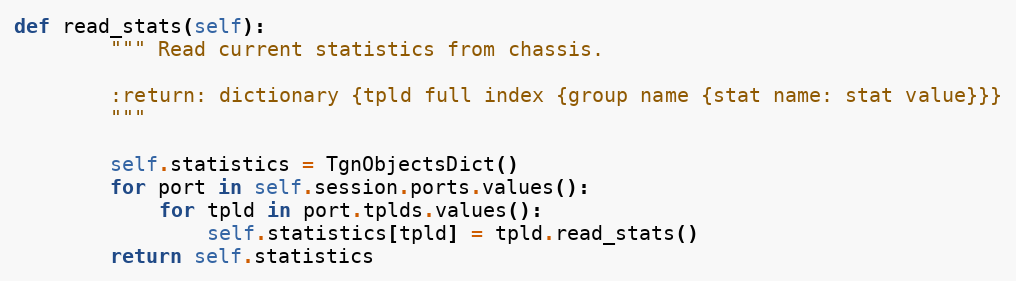
Language: Python
def read_stats(self):
        """ Read current statistics from chassis.

        :return: dictionary {tpld full index {group name {stat name: stat value}}}
        """

        self.statistics = TgnObjectsDict()
        for port in self.session.ports.values():
            for tpld in port.tplds.values():
                self.statistics[tpld] = tpld.read_stats()
        return self.statistics